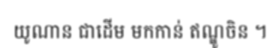
យូណាន ជាដើម មកកាន់ ឥណ្ឌូចិន ។